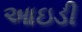
આઇડી